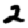
Digit: 2